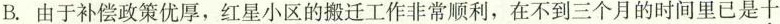
B. 由于补偿政策优厚，红星小区的搬迁工作非常顺利，在不到三个月的时间里已是十